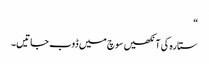
“
ستارہ کی آنکھیں سوچ میں ڈوب جاتیں۔